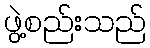
ဖွဲ့စည်းသည်